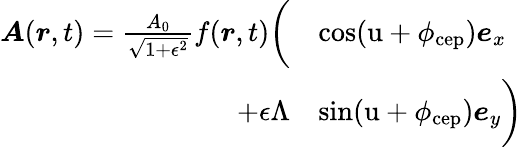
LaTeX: \begin{array}{rl}{\boldsymbol{A}(\boldsymbol{r},t)=\frac{A_{0}}{\sqrt{1+\epsilon^{2}}}f(\boldsymbol{r},t)\biggl(}&{\cos(\mathrm{u}+\phi_{\mathrm{cep}})\boldsymbol{e}_{x}}\\ {+\epsilon\Lambda}&{\sin(\mathrm{u}+\phi_{\mathrm{cep}})\boldsymbol{e}_{y}\biggr)}\end{array}